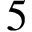
5